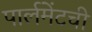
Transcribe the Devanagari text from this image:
पार्लमेंटची